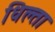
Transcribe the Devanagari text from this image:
धिल्ता